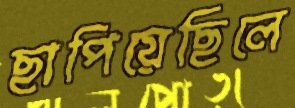
ছাপিয়েছিলে